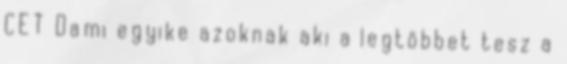
CET Dami egyike azoknak aki a legtöbbet tesz a